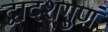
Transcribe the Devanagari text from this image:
द्वादशगुणं